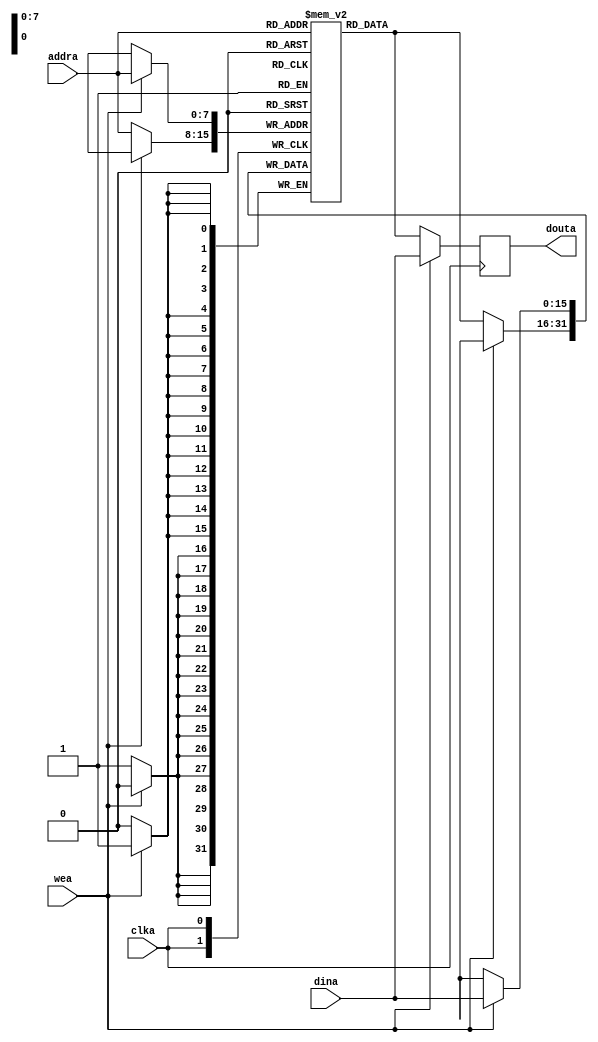
//////////////////////////////////////////////////////////////////////////////////
// Company: 
// Engineer: 
// 
// Design Name: 
// Module Name:    ram_verilog 
// Project Name: 
// Target Devices: 
// Tool versions: 
// Description: 
//
// Dependencies: 
//
// Revision: 
// Revision 0.01 - File Created
// Additional Comments: 
//
//////////////////////////////////////////////////////////////////////////////////
module ram_verilog
(
	input [15:0] dina,
	input [7:0] addra,
	input wea, clka,
	output reg [15:0] douta
);

	// Declare the RAM variable
	reg [15:0] ram[255:0];
	
	// Variable to hold the registered read address
		
	always @ (posedge clka)
	begin
	// Write
		if (wea)
		begin	ram[addra] <= dina; douta<=dina; end
		//	addr_reg <= addr;
		else 
		begin	ram[addra] <= ram[addra]; douta<=ram[addra]; end
	end
		
endmodule